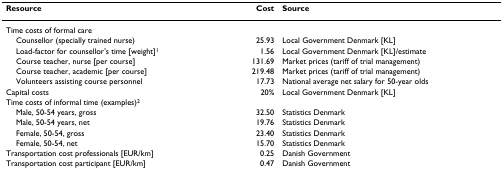
| Resource | Cost | Source |
 | --- | --- | --- |
 | Time costs of formal care |  |  |
 | Counsellor (specially trained nurse) | 25.93 | Local Government Denmark [KL] |
 | Load-factor for counsellor's time [weight]1 | 1.56 | Local Government Denmark [KL]/estimate |
 | Course teacher, nurse [per course] | 131.69 | Market prices (tariff of trial management) |
 | Course teacher, academic [per course] | 219.48 | Market prices (tariff of trial management) |
 | Volunteers assisting course personnel | 17.73 | National average net salary for 50-year olds |
 | Capital costs | 20% | Local Government Denmark [KL] |
 | Time costs of informal time (examples)2 |  |  |
 | Male, 50-54 years, gross | 32.50 | Statistics Denmark |
 | Male, 50-54 years, net | 19.76 | Statistics Denmark |
 | Female, 50-54, gross | 23.40 | Statistics Denmark |
 | Female, 50-54, net | 15.70 | Statistics Denmark |
 | Transportation cost professionals [EUR/km] | 0.25 | Danish Government |
 | Transportation cost participant [EUR/km] | 0.47 | Danish Government |